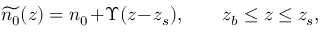
\widetilde { n _ { 0 } } ( z ) = n _ { 0 } \! + \! \Upsilon ( z \! - \! z _ { s } ) , \qquad z _ { b } \le z \le z _ { s } ,